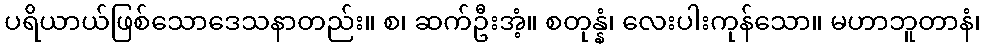
ပရိယာယ်ဖြစ်သောဒေသနာတည်း။ စ၊ ဆက်ဦးအံ့။ စတုန္နံ၊ လေးပါးကုန်သော။ မဟာဘူတာနံ၊